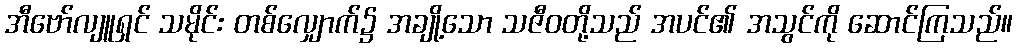
အီဗော်လျူရှင် သမိုင်း တစ်လျှောက်၌ အချို့သော သဇီဝတို့သည် အပင်၏ အသွင်ကို ဆောင်ကြသည်။